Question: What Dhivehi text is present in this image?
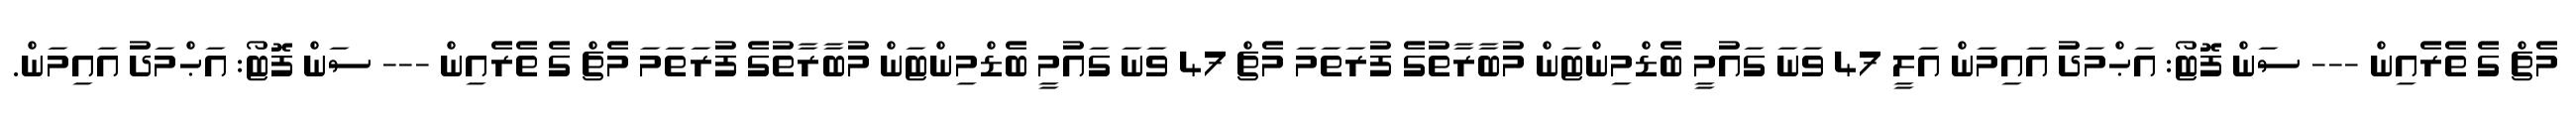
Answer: މެޗް ގެ ތެރެއިން --- ސަން ފޮޓޯ: އަޙްމަދު އައިމަން އަލީ 47 ވަނަ ގައުމީ ބެޑްމިންޓަން މުބާރާތުގެ ފުރަތަމަ މެޗް 47 ވަނަ ގައުމީ ބެޑްމިންޓަން މުބާރާތުގެ ފުރަތަމަ މެޗް ގެ ތެރެއިން --- ސަން ފޮޓޯ: އަޙްމަދު އައިމަން.